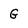
Character: G